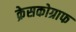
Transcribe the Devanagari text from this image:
क्रेसकोग्राफ